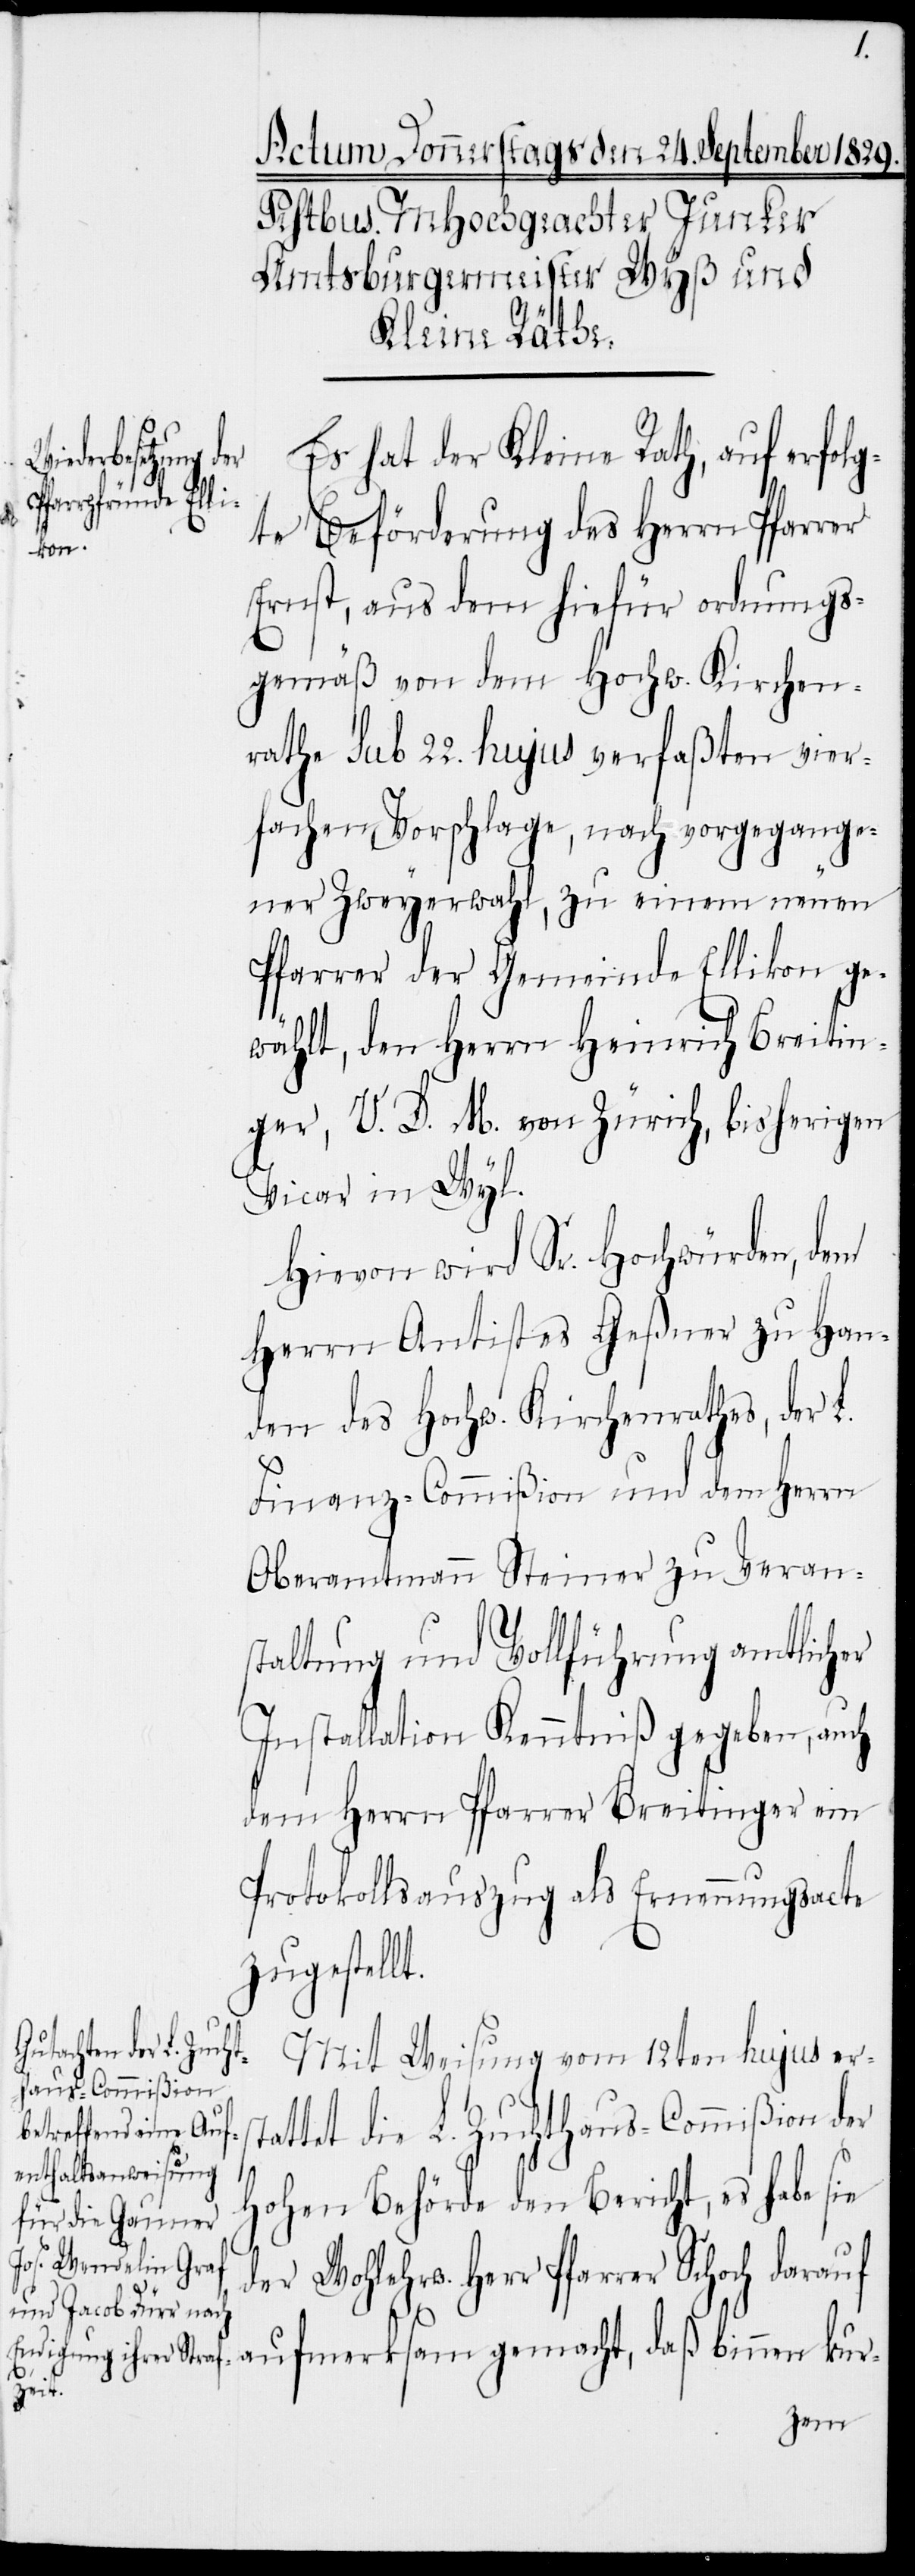
Es hat der Kleine Rath, auf erfolg¬
ter Beförderung des Herrn Pfarrer
Ernst, aus dem hiefür ordnungs¬
gemäß von dem Hochw. Kirchen¬
rathe sub 22. hujus verfaßten vier¬
fachen Vorschlage, nach vorgegange¬
ner Zweyerwahl, zu einem neuen
Pfarrer der Gemeinde Ellikon ge¬
wählt, den Herrn Heinrich Breitin¬
ger, V. D. M. von Zürich, bisherigen
Vicar in Wyl.
Hievon wird Sr. Hochwürden, dem
Herrn Antistes Geßner zu Han¬
den des Hochw. Kirchenrathes, der L.
Finanz-Commißion und dem Herrn
Oberamtmann Steiner zu Veran¬
staltung und Vollführung amtlicher
Installation Kenntniß gegeben, auch
dem Herrn Pfarrer Breitinger ein
Protokollsauszug als Ernennungsacte
zugestellt.
Mit Weisung vom 12ten hujus erst¬
attet die L. Zuchthaus-Commißion der
Hohen Behörde den Bericht, es habe sie
der Wohlehrw. Herr Pfarrer Schoch darauf
aufmerksam gemacht, daß binnen kur-